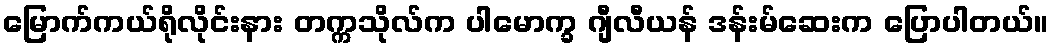
မြောက်ကယ်ရိုလိုင်းနား တက္ကသိုလ်က ပါမောက္ခ ဂျီလီယန် ဒန်းမ်ဆေးက ပြောပါတယ်။